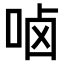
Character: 𠳱